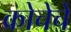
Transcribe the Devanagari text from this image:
क्रोचेचे